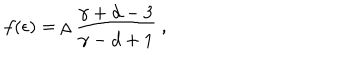
LaTeX: f ( \epsilon ) = \rho ~ { \frac { \gamma + d - 3 } { \gamma - d + 1 } } ~ ,